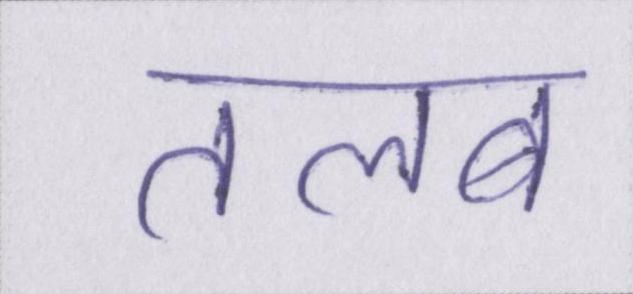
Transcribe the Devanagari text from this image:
तलब